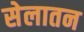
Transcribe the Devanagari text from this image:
सेलातन